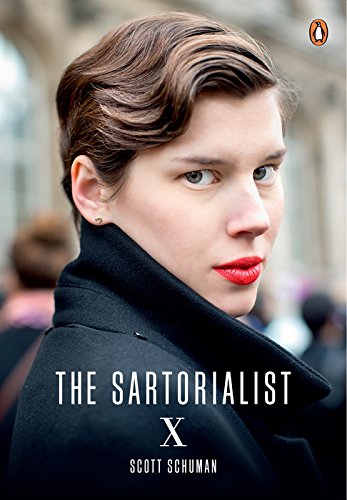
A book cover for The Sartorialist: X; Scott Schuman; Humor & Entertainment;